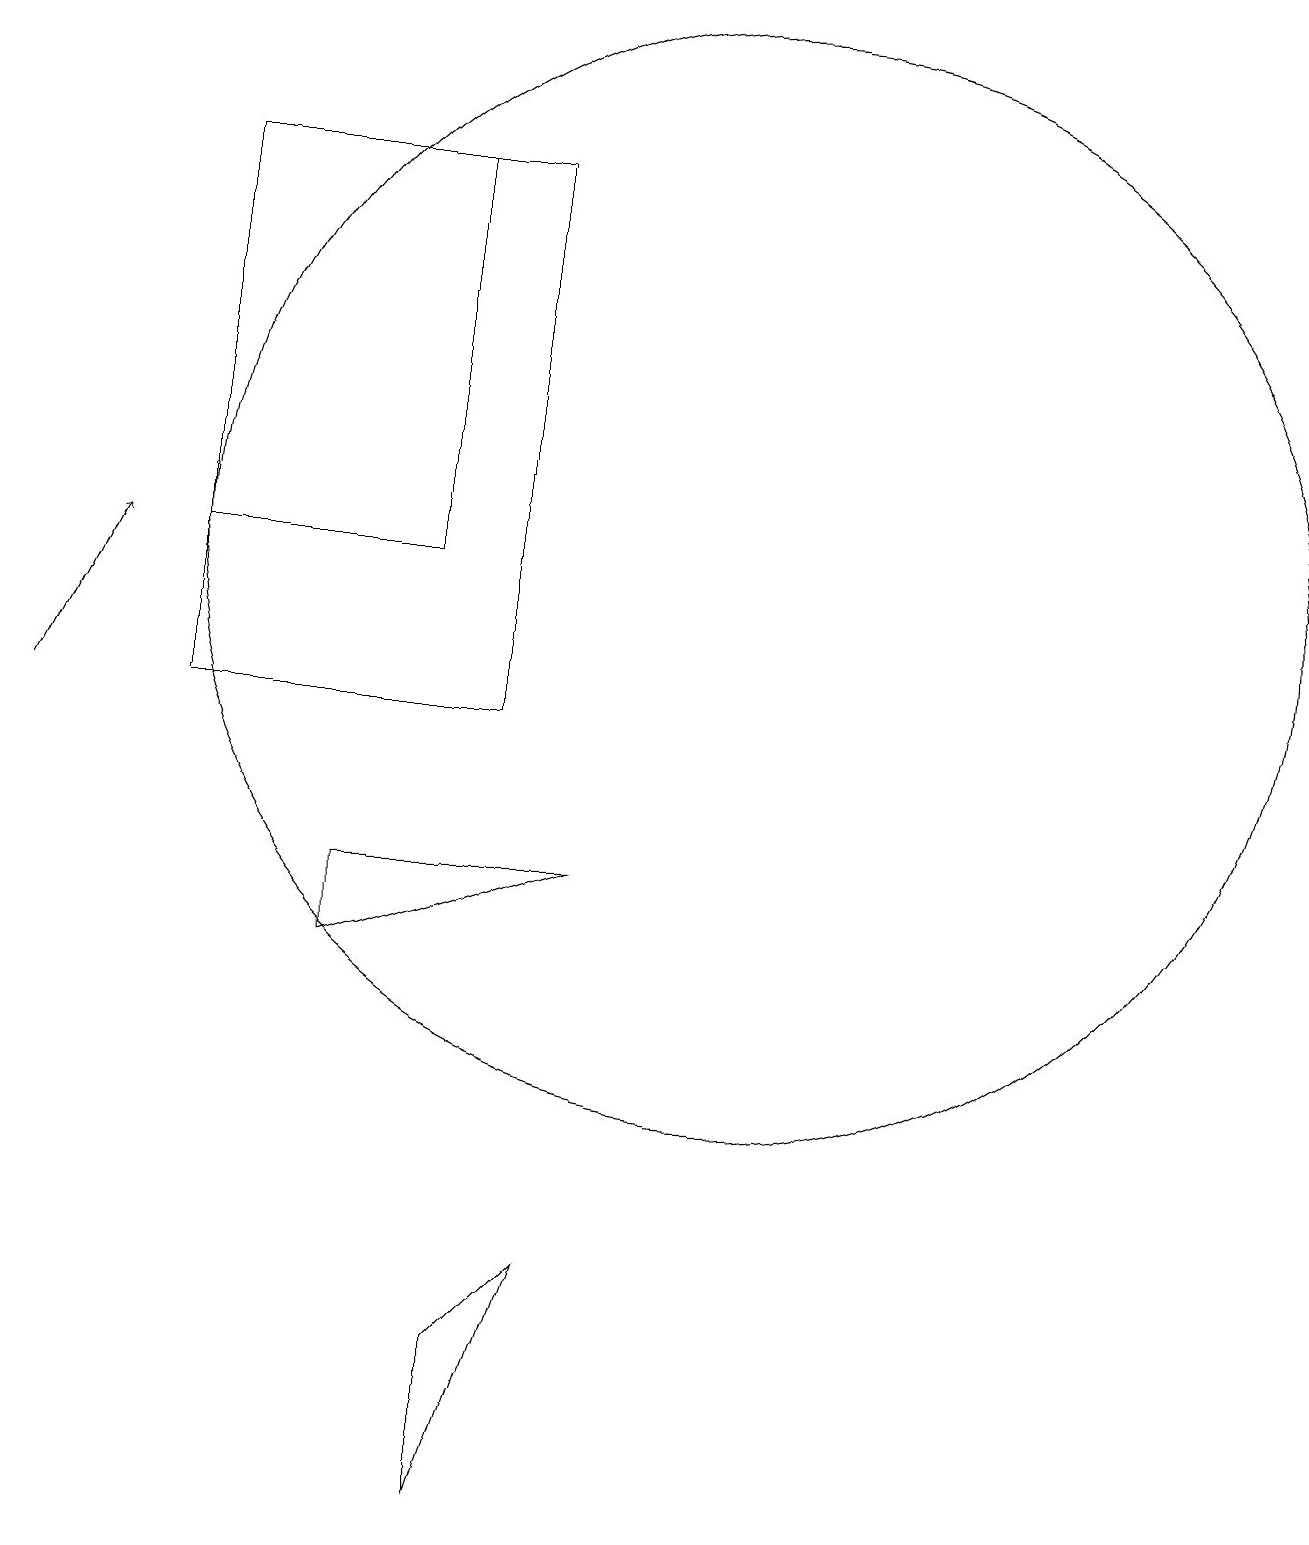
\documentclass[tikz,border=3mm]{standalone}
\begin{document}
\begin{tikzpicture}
\draw[->] (2,10) -- (3,12);
\draw (8,0) -- (8,2) -- (9,3) -- cycle;
\draw (6,8) -- (6,7) -- (9,8) -- cycle;
\draw (11,12) circle (7);
\draw (8,10) rectangle (4,17);
\draw (4,17) rectangle (7,12);
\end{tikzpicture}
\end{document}